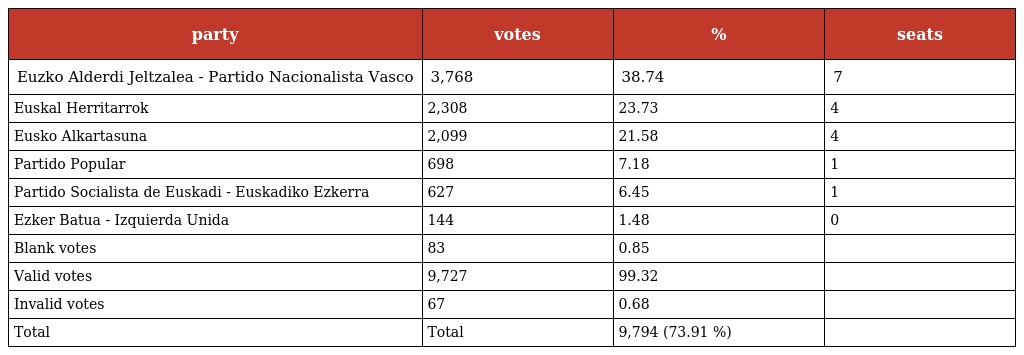
| party | votes | % | seats |
 | --- | --- | --- | --- |
 | Euzko Alderdi Jeltzalea - Partido Nacionalista Vasco | 3,768 | 38.74 | 7 |
 | Euskal Herritarrok | 2,308 | 23.73 | 4 |
 | Eusko Alkartasuna | 2,099 | 21.58 | 4 |
 | Partido Popular | 698 | 7.18 | 1 |
 | Partido Socialista de Euskadi - Euskadiko Ezkerra | 627 | 6.45 | 1 |
 | Ezker Batua - Izquierda Unida | 144 | 1.48 | 0 |
 | Blank votes | 83 | 0.85 |  |
 | Valid votes | 9,727 | 99.32 |  |
 | Invalid votes | 67 | 0.68 |  |
 | Total | Total | 9,794 (73.91 %) |  |